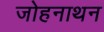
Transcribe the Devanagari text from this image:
जोहनाथन